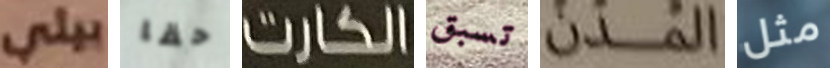
بيلي حقا الكارت تسبق المدن مثل